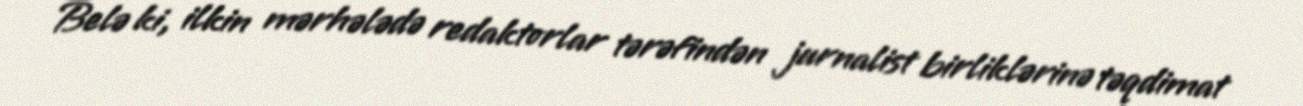
Belə ki, ilkin mərhələdə redaktorlar tərəfindən jurnalist birliklərinə təqdimat